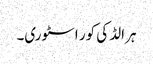
ہرالڈ کی کور اسٹوری۔